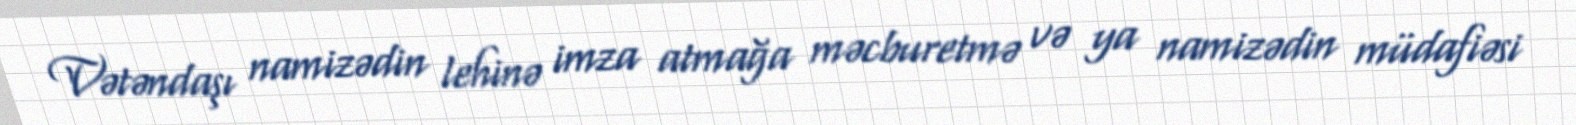
Vətəndaşı namizədin lehinə imza atmağa məcburetmə və ya namizədin müdafiəsi